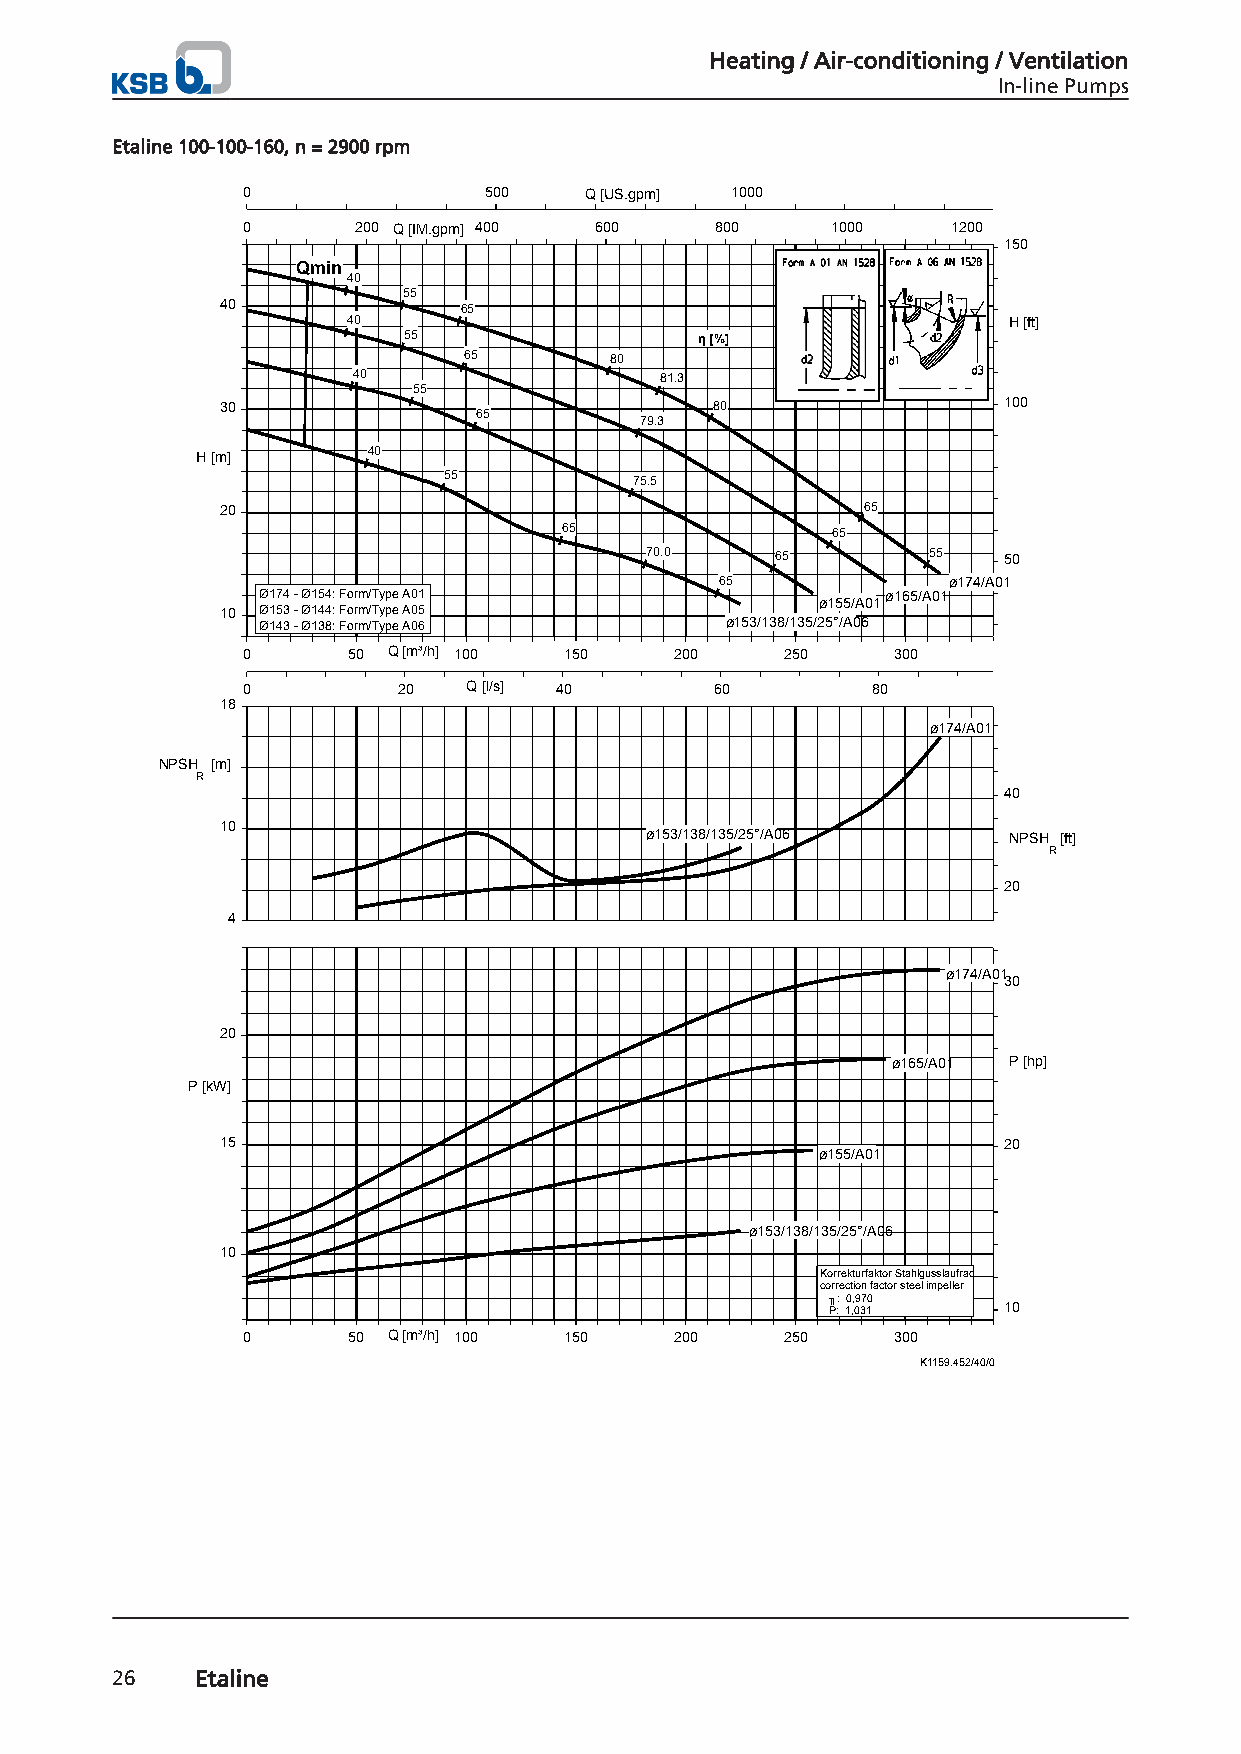
Heating / Air-conditioning / Ventilation
 In-line Pumps
 Etaline 100-100-160, n = 2900 rpm
 0               500    Q [US.gpm] 1000
 0       200 Q [IM.gpm] 400 600 800     1000    1200
 150
 Qmin
 40
 55
 40             65
 40                                          H [ft]
 55                 η [%]
 65       80
 40                   81.3
 55
 30                              80                 100
 65
 79.3
 H [m]      40
 55           75.5
 20                                        65
 65                65
 70.0    65        55   50
 65             ø174/A01
 Ø174 - Ø154: Form/Type A01                ø165/A01
 ø155/A01
 10 Ø153 - Ø144: Form/Type A05
 Ø143 - Ø138: Form/Type A06     ø153/138/135/25°/A06
 0      50 Q [m³/h] 100 150   200    250    300
 0         20   Q [l/s] 40      60         80
 18
 ø174/A01
 NPSH [m]
 R
 40
 10
 ø153/138/135/25°/A06    NPSH [ft]
 R
 20
 4
 ø174/A01
 30
 20
 ø165/A01 P [hp]
 P [kW]
 15                                                 20
 ø155/A01
 ø153/138/135/25°/A06
 10
 Korrekturfaktor Stahlgusslaufrad
 correction factor steel impeller
 ╖: 0,970
 P: 1,031   10
 0      50 Q [m³/h] 100 150   200    250    300
 K1159.452/40/0
 26    Etaline